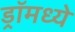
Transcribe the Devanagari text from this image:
ड्रॉमध्ये